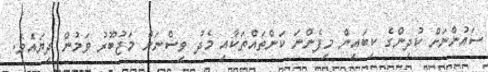
ސައުންނަށް ކުދިންގެ ކިބައިން މިފެންނަ ކަންތައްތަކާއި މެދު ވިސްނަން މަޖުބޫރު ވަމުން ދިޔައެވެ.